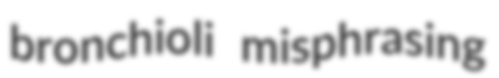
bronchioli misphrasing